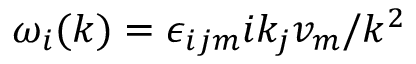
\omega _ { i } ( k ) = \epsilon _ { i j m } i k _ { j } v _ { m } / k ^ { 2 }